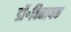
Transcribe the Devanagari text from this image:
डॉ॰विनायक